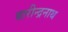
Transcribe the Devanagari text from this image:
बारीन्द्रनाथ